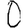
Digit: 0